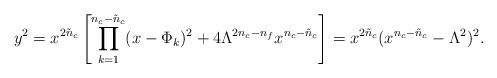
LaTeX: \begin{align*}y^{2} = x^{2\tilde{n}_{c}} \left[ \prod_{k=1}^{n_{c}-\tilde{n}_{c}} (x-\Phi_{k})^{2} + 4 \Lambda^{2n_{c}-n_{f}} x^{n_{c}-\tilde{n}_{c}}\right] = x^{2{\tilde n}_c} ( x^{n_c - {\tilde n}_c } - \Lambda^2 )^2.\end{align*}